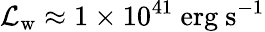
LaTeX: \mathcal{L}_{\mathrm{w}}\approx 1\times 10^{41}~\mathrm{erg~s}^{-1}